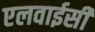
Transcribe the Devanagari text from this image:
एलवाईसी